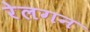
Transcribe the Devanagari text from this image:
रेलगन